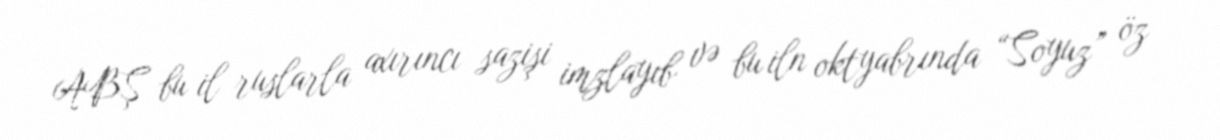
ABŞ bu il ruslarla axırıncı sazişi imzlayıb və bu iln oktyabrında “Soyuz” öz